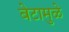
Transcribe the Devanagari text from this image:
बेटामुळे